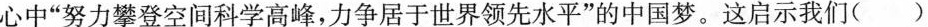
心中”努力攀登空间科学高峰，力争居于世界领先水平”的中国梦。这启示我们()